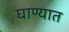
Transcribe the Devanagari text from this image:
घाण्यात